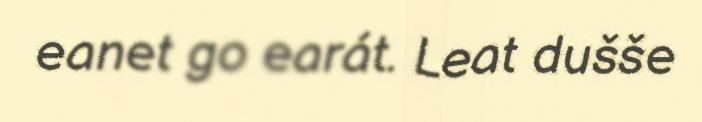
eanet go earát. Leat dušše